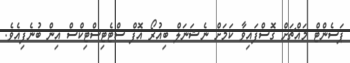
ޕަސެންޓް މައްޗަށް ގޮސްފައިވާ ކަމަށް ނެޝަނަލް ބިއުރޯ އޮފް ސްޓެޓިސްޓިކްސް އިން ބުނެފިއެވެ.